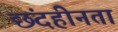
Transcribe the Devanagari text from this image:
छंदहीनता